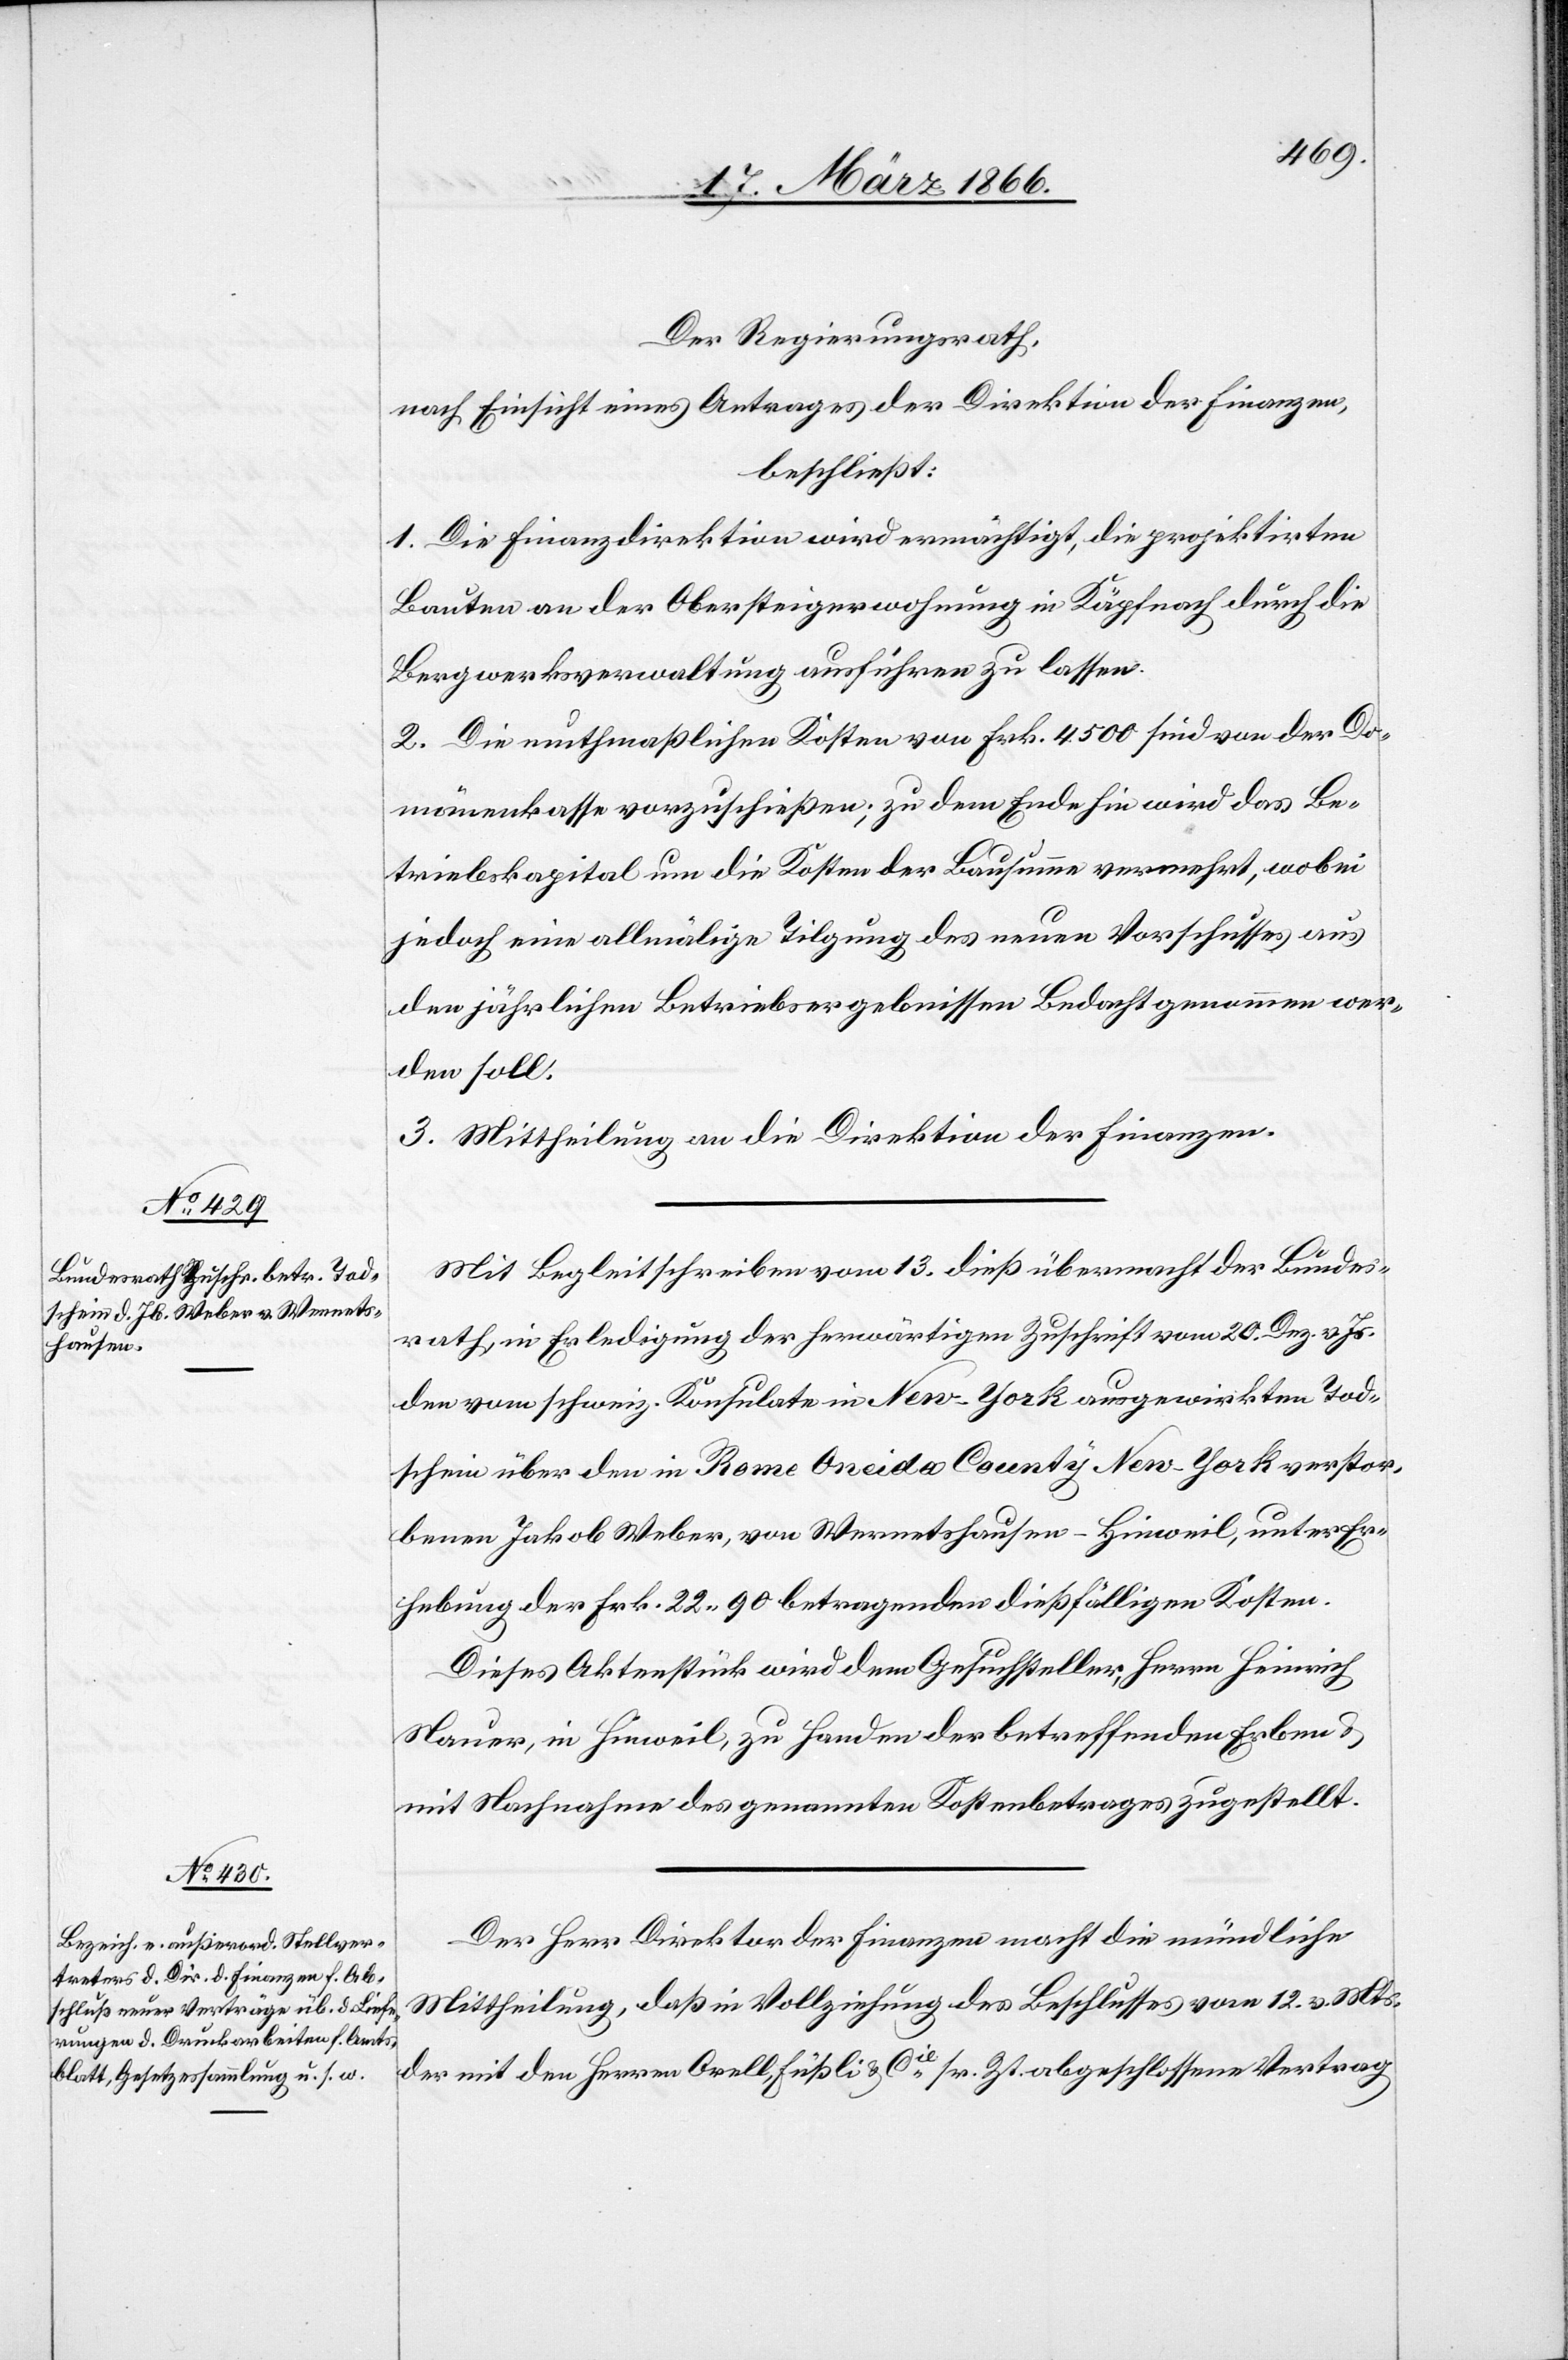
Der Regierungsrath,
nach Einsicht eines Antrages der Direktion der Finanzen,
beschließt:
1. Die Finanzdirektion wird ermächtigt, die projektirten
Bauten an der Obersteigerwohnung in Küßnacht durch die
Bergwerksverwaltung ausführen zu lassen.
2. Die muthmaßlichen Kosten von Frk. 4500 sind von der Do¬
mänenkasse vorzuschießen, zu dem Ende hin wird das Be¬
triebskapital um die Kosten der Laufsumme vermehrt, wobei
jedoch [auf] eine allmälige Tilgung des neuen Vorschusses aus
den jährlichen Betriebsergebnissen Bedacht genommen wer¬
den soll.
3. Mittheilung an die Direktion der Finanzen.
Mit Begleitschreiben vom 13. dieß übermacht der Bundes¬
rath, in Erledigung der herwärtigen Zuschrift vom 20. Dez. v. Js.
den vom schweiz. Konsulate in New–York ausgewirkten Tod¬
schein über den in Rome Oneida County New–York verstor¬
benen Jakob Weber, von Wernetshausen-Hinweil, unter Er¬
hebung der Frk. 22,90 betragenden dießfälligen Kosten.
Dieses Aktenstück wird dem Gesuchsteller, Herrn Heinrich
Nauer, in Hinweil, zu Handen des betreffenden Erben u.
mit Nachnahme des genannten Kostenbetrages zugestellt.
Der Herr Direktor der Finanzen macht die mündliche
Mittheilung, daß in Vollziehung des Beschlusses vom 12. v. Mts.
der mit den Herren Orell, Füßli &. Cie. sr. Zt. abgeschlossene Vertrag